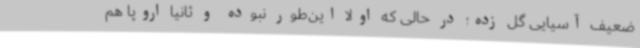
ضعیف آسیایی گل زده؛ در حالی‌ که اولا این‌طور نبوده و ثانیا اروپا هم